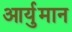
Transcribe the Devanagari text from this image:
आर्युमान